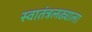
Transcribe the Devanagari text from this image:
स्वातंत्रलढ्याला